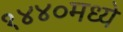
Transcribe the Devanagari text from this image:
१४४०मध्ये